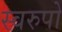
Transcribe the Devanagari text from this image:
स्वरुपो